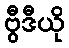
ဗွီဒီယို